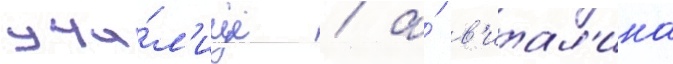
учи́л'ище / а́ в'итал'ина